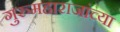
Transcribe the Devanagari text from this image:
गुरुमहाराजांच्या